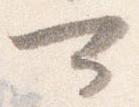
可